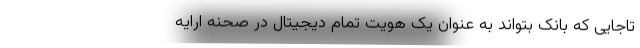
تاجایی که بانک بتواند به عنوان یک هویت تمام دیجیتال در صحنه ارایه